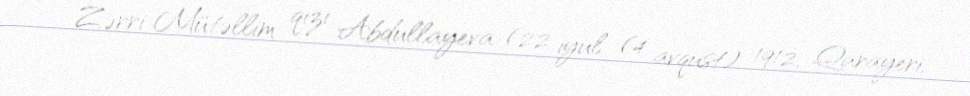
Zərri Mütəllim qızı Abdullayeva (22 iyul (4 avqust) 1912, Qarayeri,